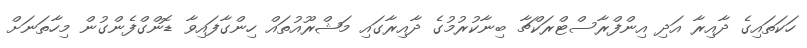
ހަކަތައިގެ ދާއިރާ އަދި އިންފްރާސްޓްރަކްޗާ ބިނާކުރުމުގެ ދާއިރާގައި މަޝްރޫއުތައް ހިންގާފައިވާ ޑޮންގްފެންގުން މިހާތަނަށް